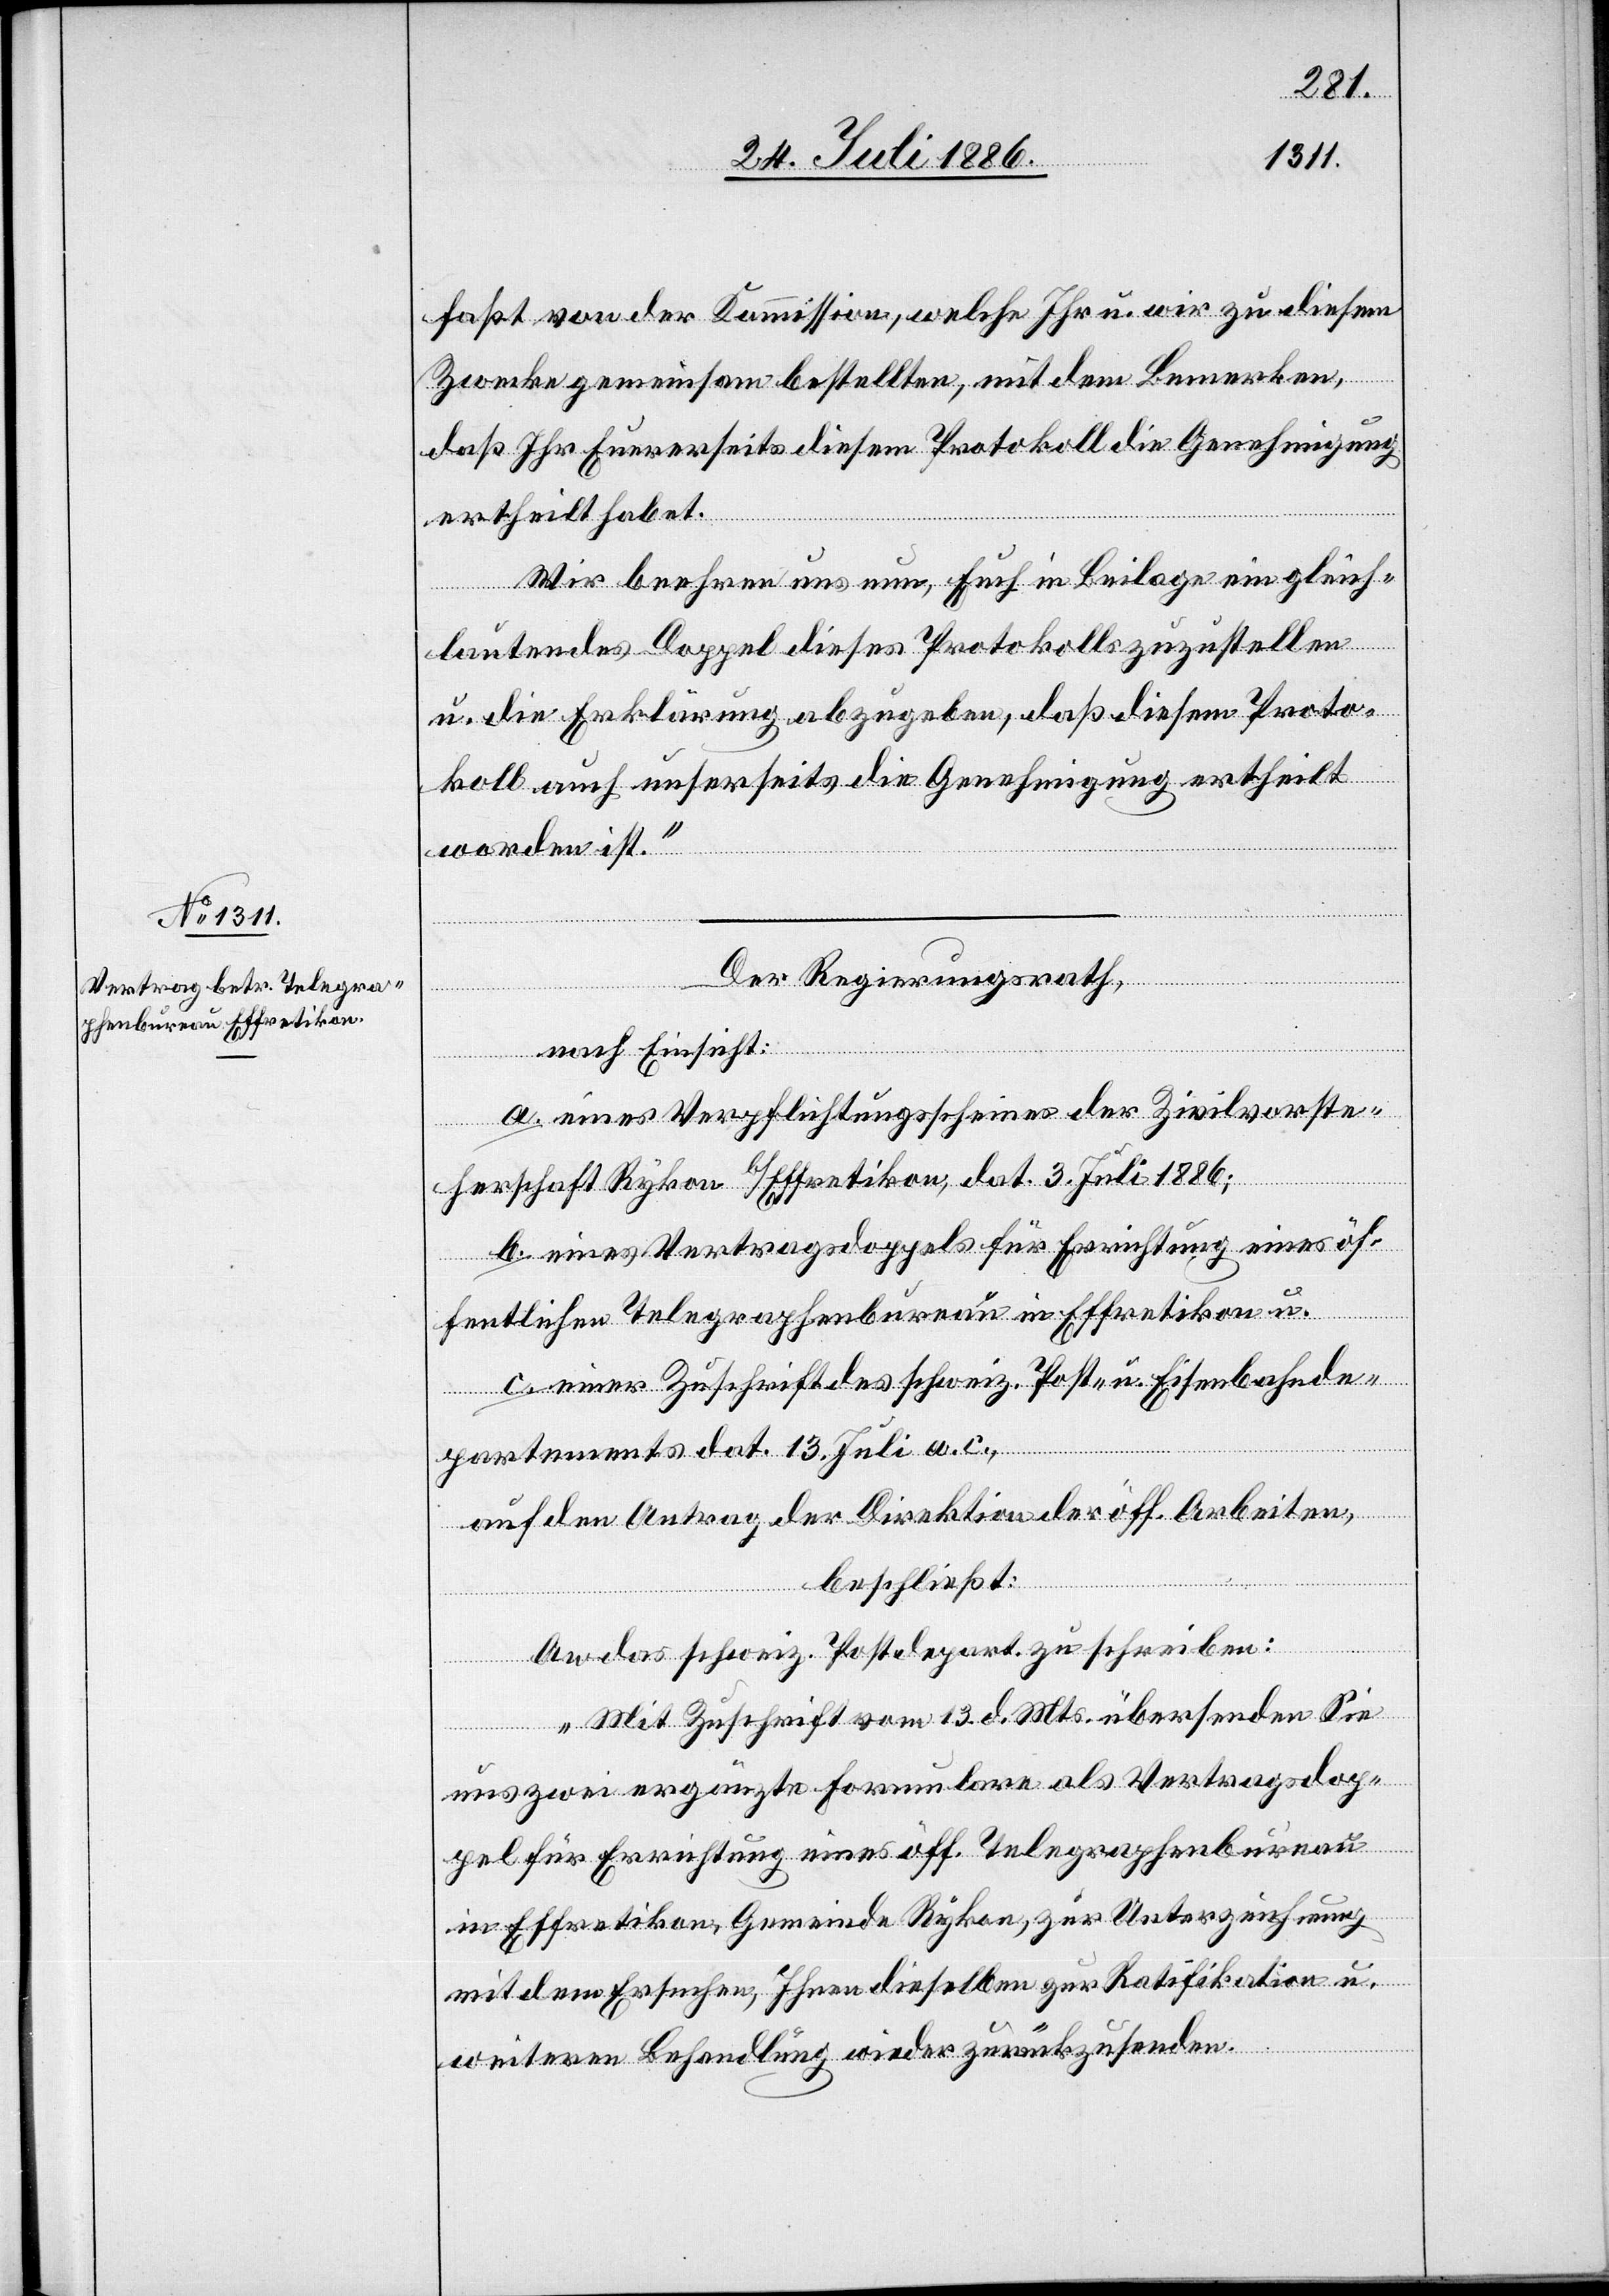
faßt von der Kommission, welche Ihr u. wir zu diesem
Zwecke gemeinsam bestellten, mit dem Bemerken,
daß Ihr Euererseits diesem Protokoll die Genehmigung
ertheilt habet.
Wir beehren uns nun, Euch in Beilage ein gleich¬
lautendes Doppel dieses Protokolls zuzustellen
u. die Erklärung abzugeben, daß diesem Proto¬
koll auch unserseits die Genehmigung ertheilt
worden ist.“
Der Regierungsrath,
nach Einsicht:
a. eines Verpflichtungsscheines der Zivilvorste¬
herschaft Rykon b/Effretikon, dat. 3. Juli 1886;
b. eines Vertragsdoppels für Errichtung eines öf¬
fentlichen Telegraphenbureau in Effretikon u.
c. einer Zuschrift des schweiz. Post- u. Eisenbahnde¬
partements dat. 13. Juli a. c.,
auf den Antrag der Direktion der öff. Arbeiten,
beschließt:
An das schweiz. Postdepart. zu schreiben:
„Mit Zuschrift vom 13. d. Mts. übersenden Sie
uns zwei ergänzte Formulare als Vertragsdop¬
pel für Errichtung eines öff. Telegraphenbureau
in Effretikon, Gemeinde Rykon, zur Unterzeichnung
mit dem Ersuchen, Ihnen dieselben zur Ratifikation u.
weiteren Behandlung wieder zurückzusenden.